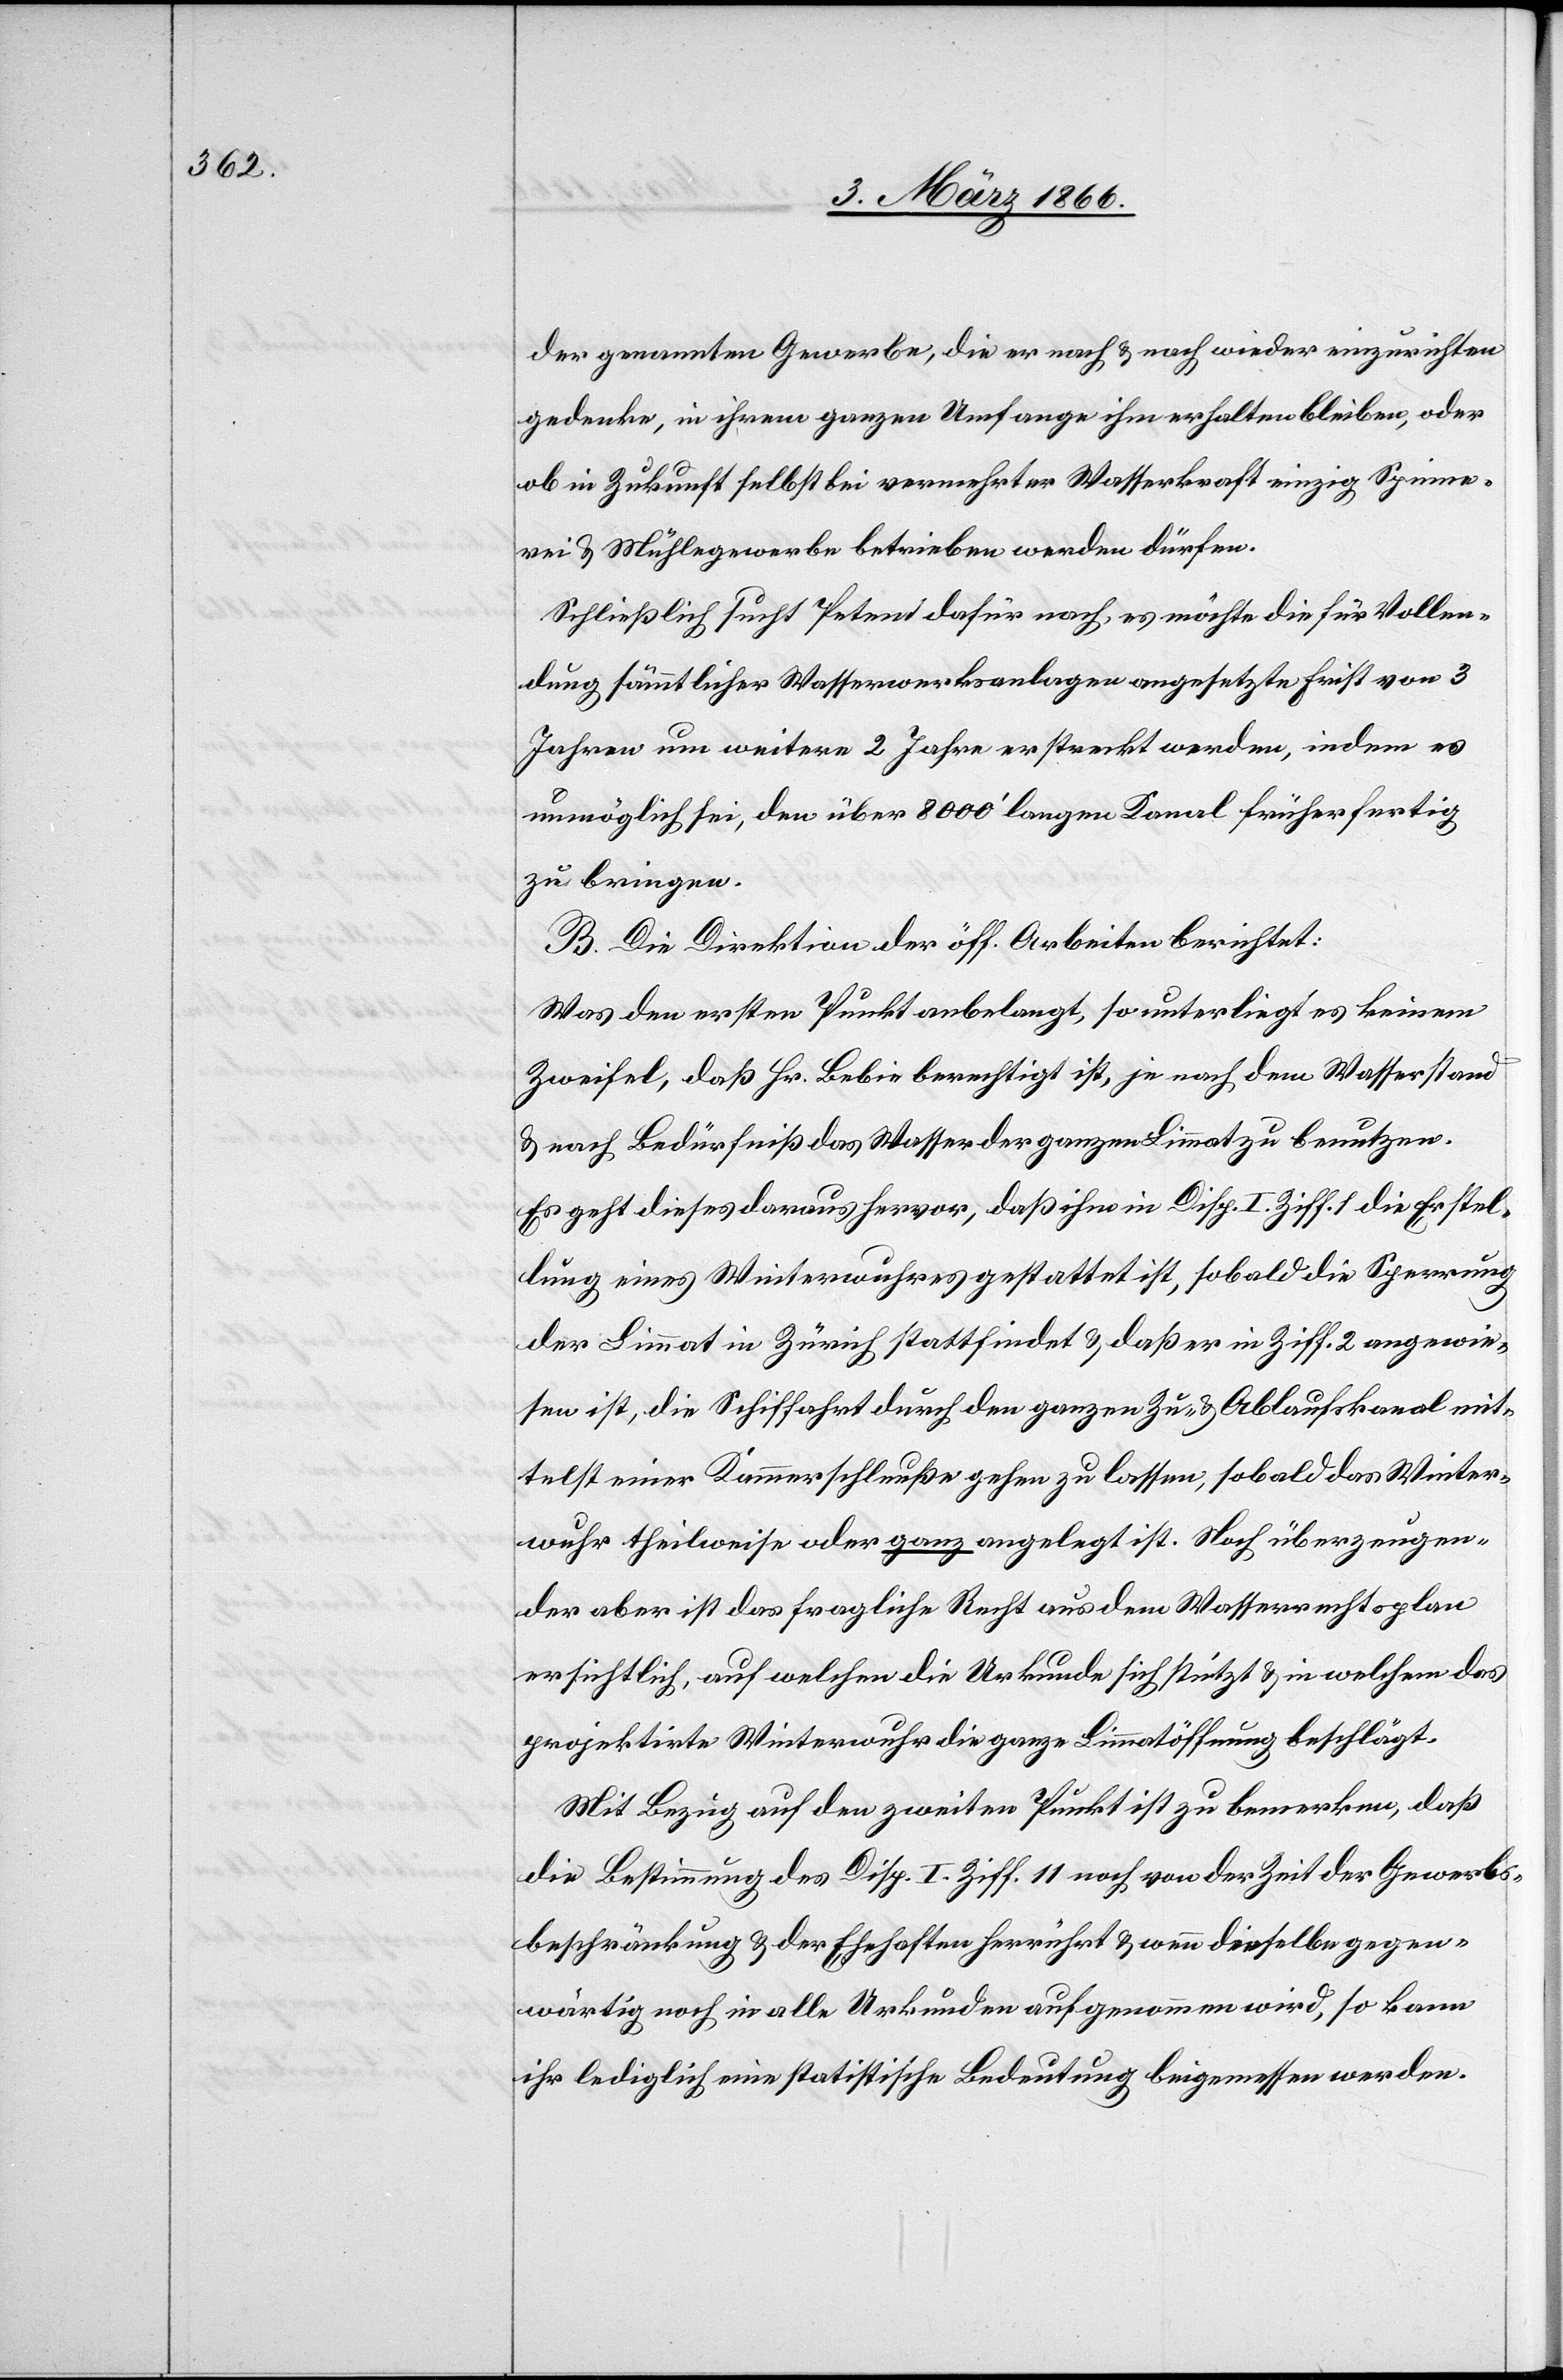
der genannten Gewerbe, die er nach u. nach wieder einzurichten
gedenke, in ihrem ganzen Umfange ihm erhalten bleiben, oder
ob in Zukunft selbst bei vermehrter Wasserkraft einzig Spinne¬
rei u. Mühlegewerbe betrieben werden dürfen.
Schließlich sucht Petent dafür nach, es möchte die für Vollen¬
dung sämmtlicher Wasserwerksanlangen angesetzte Frist von 3
Jahren um weitere 2 Jahre erstreckt werden, indem es
unmöglich sei, den über 8000‘ langen Kanal früher fertig
zu bringen.
B. Die Direktion der öff. Arbeiten berichtet:
Was den ersten Punkt anbelangt, so unterliegt es keinem
Zweifel, daß Hr. Bebin berechtigt ist, je nach dem Wasserstand
u. nach Bedürfniß das Wasser der ganzen Limmat zu benutzen.
Es geht dieses daraus hervor, daß ihm in Disp. I Ziff. 1 die Erstel¬
lung eines Winterwuhres gestattet ist, sobald die Sperrung
der Limmat in Zürich stattfindet u. daß er in Ziff. 2 angewie¬
sen ist, die Schiffahrt durch den ganzen Zu- u. Ablaufskanal mit¬
telst einer Kammerschleuße gehen zu lassen, sobald das Winter¬
wuhr theilweise oder ganz angelegt ist. Noch überzeugen¬
der aber ist das fragliche Recht aus dem Wasserrechtsplan
ersichtlich, auf welchen die Urkunde sich stützt u. in welchem das
projektirte Winterwuhr die ganze Limmatöffnung beschlägt.
Mit Bezug auf den zweiten Punkt ist zu bemerken, daß
die Bestimmung des Disp. I. Ziff. 11 noch von der Zeit der Gewerbs¬
beschränkung u. der Ehrhaften herrührt u. wenn dieselbe gegen¬
wärtig noch in alle Urkunden aufgenommen wird, so kann
ihr lediglich eine statistische Bedeutung beigemessen werden.